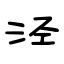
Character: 泾